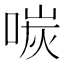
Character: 𪡩